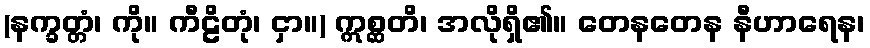
(နက္ခတ္တံ၊ ကို။ ကီဠိတုံ၊ ငှာ။) ဣစ္ဆတိ၊ အလိုရှိ၏။ တေနတေန နီဟာရေန၊